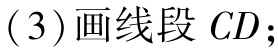
(3)画线段 \(CD\)；